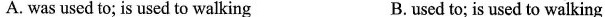
A. was used to; is used to walking B. used to; is used to walking